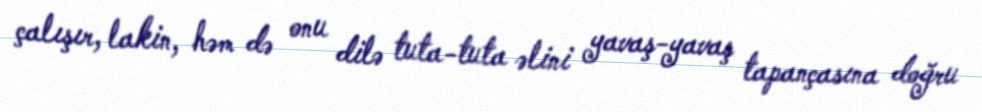
çalışır, lakin, həm də onu dilə tuta-tuta əlini yavaş-yavaş tapançasına doğru